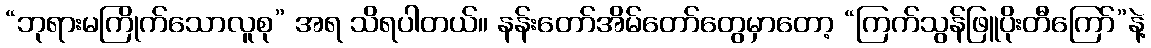
“ဘုရားမကြိုက်သောလူစု” အရ သိရပါတယ်။ နန်းတော်အိမ်တော်တွေမှာတော့ “ကြက်သွန်ဖြူပိုးတီကြော်”နဲ့